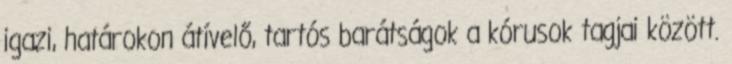
igazi, határokon átívelő, tartós barátságok a kórusok tagjai között.